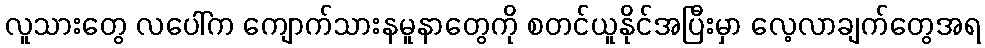
လူသားတွေ လပေါ်က ကျောက်သားနမူနာတွေကို စတင်ယူနိုင်အပြီးမှာ လေ့လာချက်တွေအရ